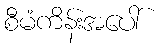
စီမံကိန်းအပေါ်